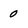
Character: 0